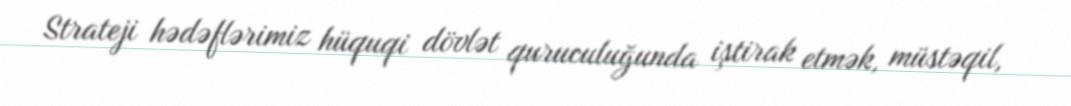
Strateji hədəflərimiz hüquqi dövlət quruculuğunda iştirak etmək, müstəqil,